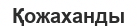
Қожаханды